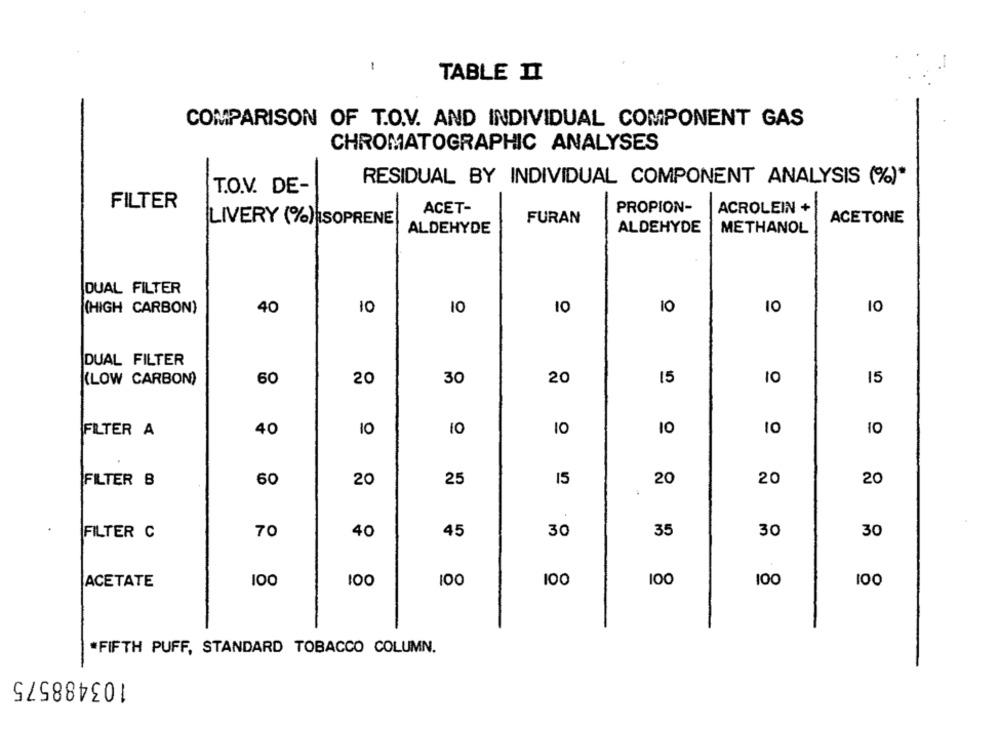
-
TABLE II
COMPARISON OF T.O.V. AND INDIVIDUAL COMPONENT GAS
CHROMATOGRAPHIC ANALYSES
RESIDUAL BY INDIVIDUAL COMPONENT ANALYSIS (%)*
T.O.V. DE-
FILTER
ACET-
PROPION-
ACROLEIN +
FURAN
ACETONE
LIVERY (%)|ISOPRENE
ALDEHYDE
ALDEHYDE
METHANOL
DUAL FILTER
10
10
(HIGH CARBON)
40
10
10
10
10
DUAL FILTER
(LOW CARBON)
60
20
30
20
15
15
FILTER A
40
10
10
10
FILTER B
60
20
25
15
20
20
20
70
40
45
30
35
30
30
FILTER C
ACETATE
100
100
100
100
100
100
100
*FIFTH PUFF, STANDARD TOBACCO COLUMN.
103488575